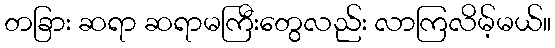
တခြား ဆရာ ဆရာမကြီးတွေလည်း လာကြလိမ့်မယ်။